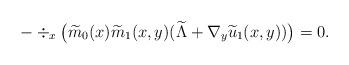
LaTeX: \begin{align*}-\div_x \big(\widetilde{m}_0 (x )\widetilde{m}_1 (x,y ) (\widetilde{\Lambda}+\nabla_y\widetilde{u}_1 (x,y ) )\big )=0.\end{align*}